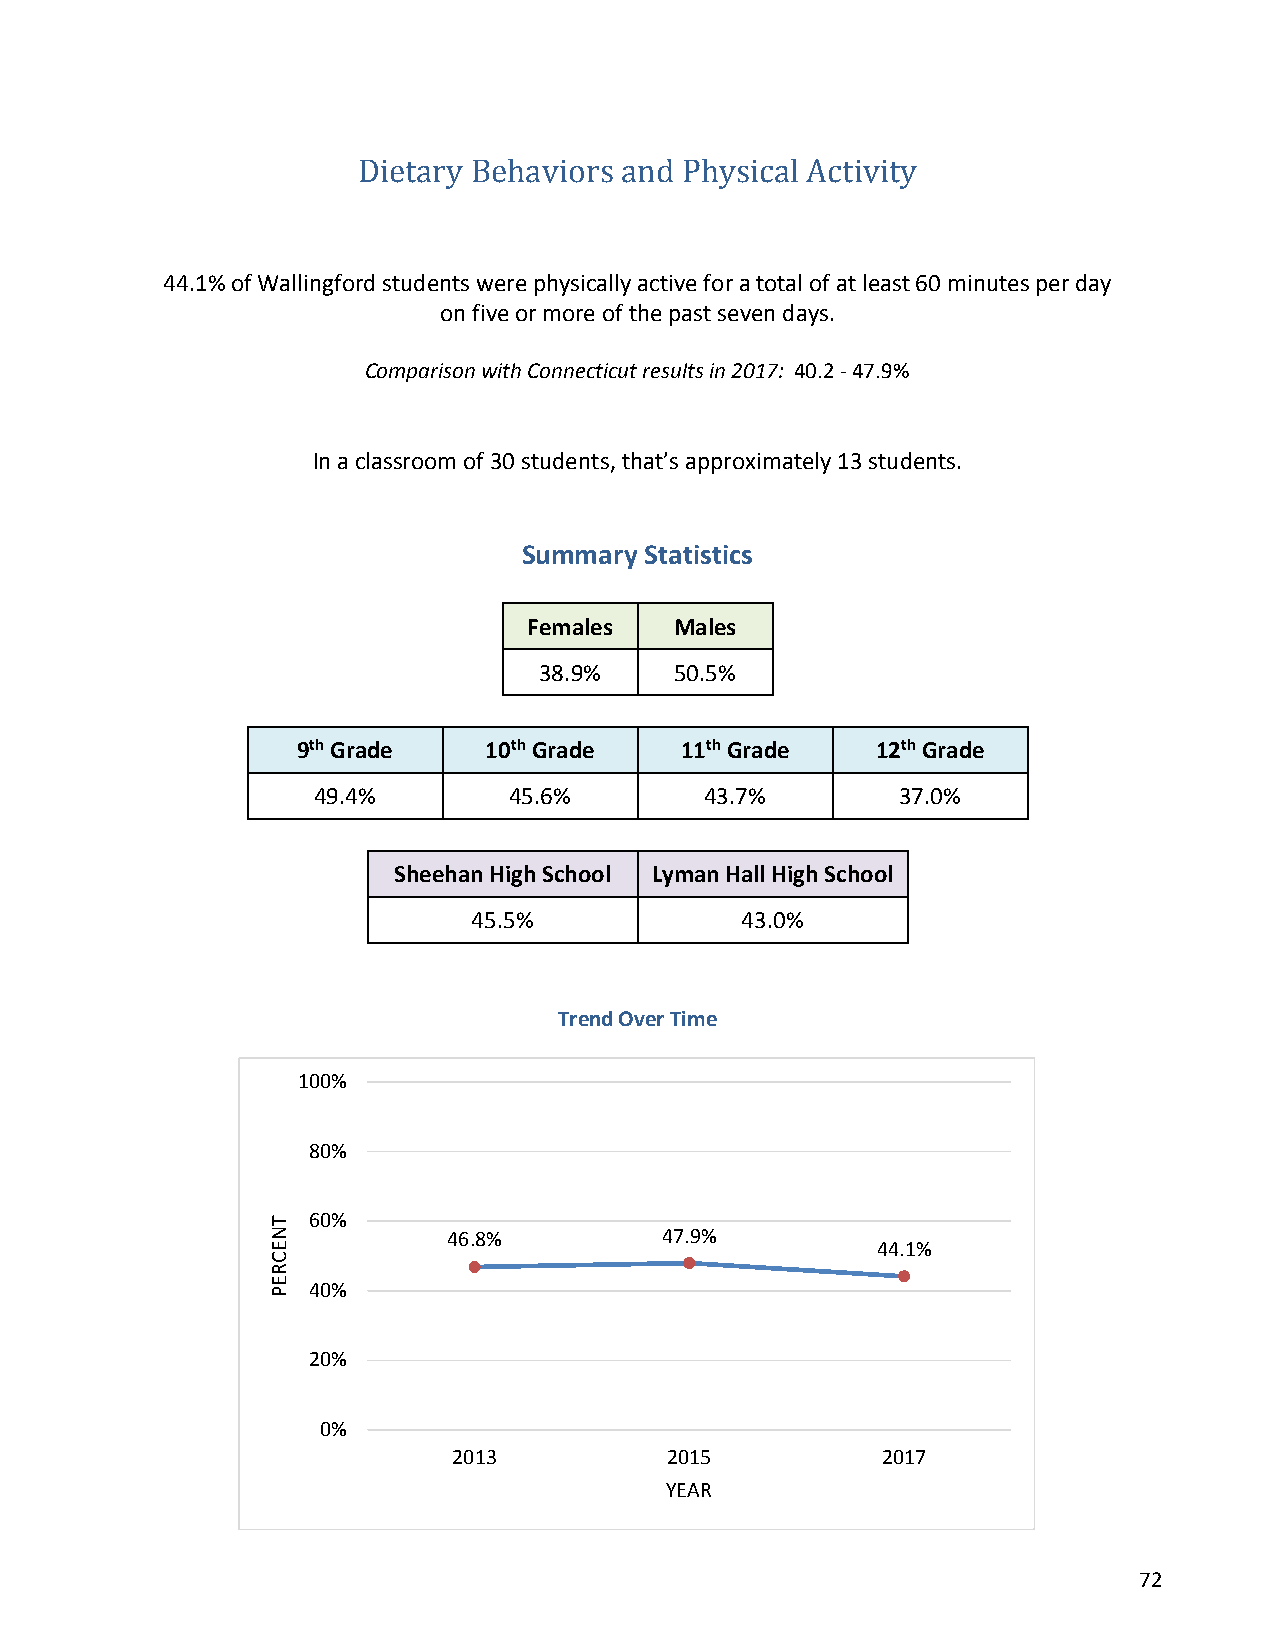
Dietary Behaviors and Physical Activity
 44.1% of Wallingford students were physically active for a total of at least 60 minutes per day
 on five or more of the past seven days.
 Comparison with Connecticut results in 2017: 40.2 - 47.9%
 In a classroom of 30 students, that’s approximately 13 students.
 Summary Statistics
 Females   Males
 38.9%    50.5%
 9th Grade   10th Grade   11th Grade   12th Grade
 49.4%        45.6%        43.7%        37.0%
 Sheehan High School Lyman Hall High School
 45.5%             43.0%
 Trend Over Time
 100%
 80%
 60%
 46.8%         47.9%
 44.1%
 40%
 20%
 0%
 2013          2015          2017
 YEAR
 72
 TNECREP